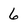
Character: 6